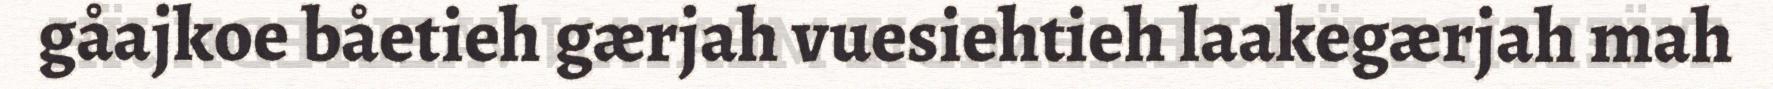
gåajkoe båetieh gærjah vuesiehtieh laakegærjah mah